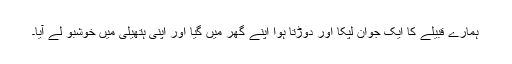
ہمارے قبیلے کا ایک جوان لپکا اور دوڑتا ہوا اپنے گھر میں گیا اور اپنی ہتھیلی میں خوشبو لے آیا۔